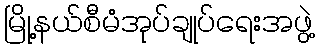
မြို့နယ်စီမံအုပ်ချုပ်ရေးအဖွဲ့